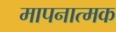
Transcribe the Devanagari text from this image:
मापनात्मक